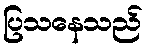
ပြသနေသည်